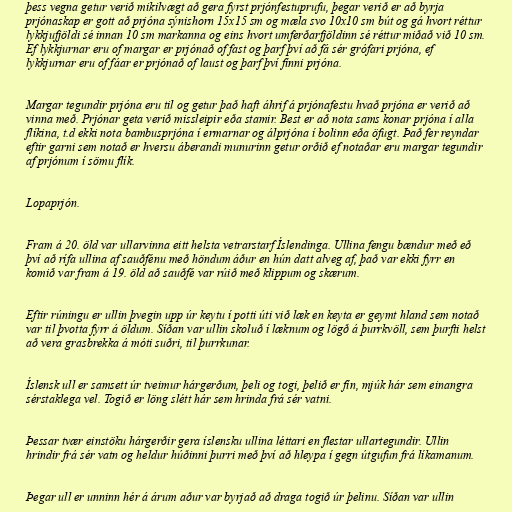
þess vegna getur verið mikilvægt að gera fyrst prjónfestuprufu, þegar verið er að byrja
prjónaskap er gott að prjóna sýnishorn 15x15 sm og mæla svo 10x10 sm bút og gá hvort réttur
lykkjufjöldi sé innan 10 sm markanna og eins hvort umferðarfjöldinn sé réttur miðað við 10 sm.
Ef lykkjurnar eru of margar er prjónað of fast og þarf því að fá sér grófari prjóna, ef
lykkjurnar eru of fáar er prjónað of laust og þarf því fínni prjóna.

Margar tegundir prjóna eru til og getur það haft áhrif á prjónafestu hvað prjóna er verið að
vinna með. Prjónar geta verið missleipir eða stamir. Best er að nota sams konar prjóna í alla
flíkina, t.d ekki nota bambusprjóna í ermarnar og álprjóna í bolinn eða öfugt. Það fer reyndar
eftir garni sem notað er hversu áberandi munurinn getur orðið ef notaðar eru margar tegundir
af prjónum í sömu flík.

Lopaprjón.

Fram á 20. öld var ullarvinna eitt helsta vetrarstarf Íslendinga. Ullina fengu bændur með eð
því að rífa ullina af sauðfénu með höndum áður en hún datt alveg af, það var ekki fyrr en
komið var fram á 19. öld að sauðfé var rúið með klippum og skærum.

Eftir rúningu er ullin þvegin upp úr keytu í potti úti við læk en keyta er geymt hland sem notað
var til þvotta fyrr á öldum. Síðan var ullin skoluð í læknum og lögð á þurrkvöll, sem þurfti helst
að vera grasbrekka á móti suðri, til þurrkunar.

Íslensk ull er samsett úr tveimur hárgerðum, þeli og togi, þelið er fín, mjúk hár sem einangra
sérstaklega vel. Togið er löng slétt hár sem hrinda frá sér vatni.

Þessar tvær einstöku hárgerðir gera íslensku ullina léttari en flestar ullartegundir. Ullin
hrindir frá sér vatn og heldur húðinni þurri með því að hleypa í gegn útgufun frá líkamanum.

Þegar ull er unninn hér á árum aður var byrjað að draga togið úr þelinu. Síðan var ullin